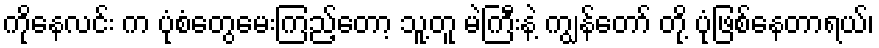
ကိုနေလင်း က ပုံစံတွေမေးကြည့်တော့ သူ့တူ မဲကြီးနဲ့ ကျွန်တော် တို့ ပုံဖြစ်နေတာရယ်၊